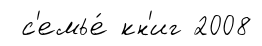
с'емье́ кн'иг 2008